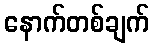
နောက်တစ်ချက်